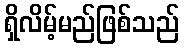
ရှိလိမ့်မည်ဖြစ်သည်